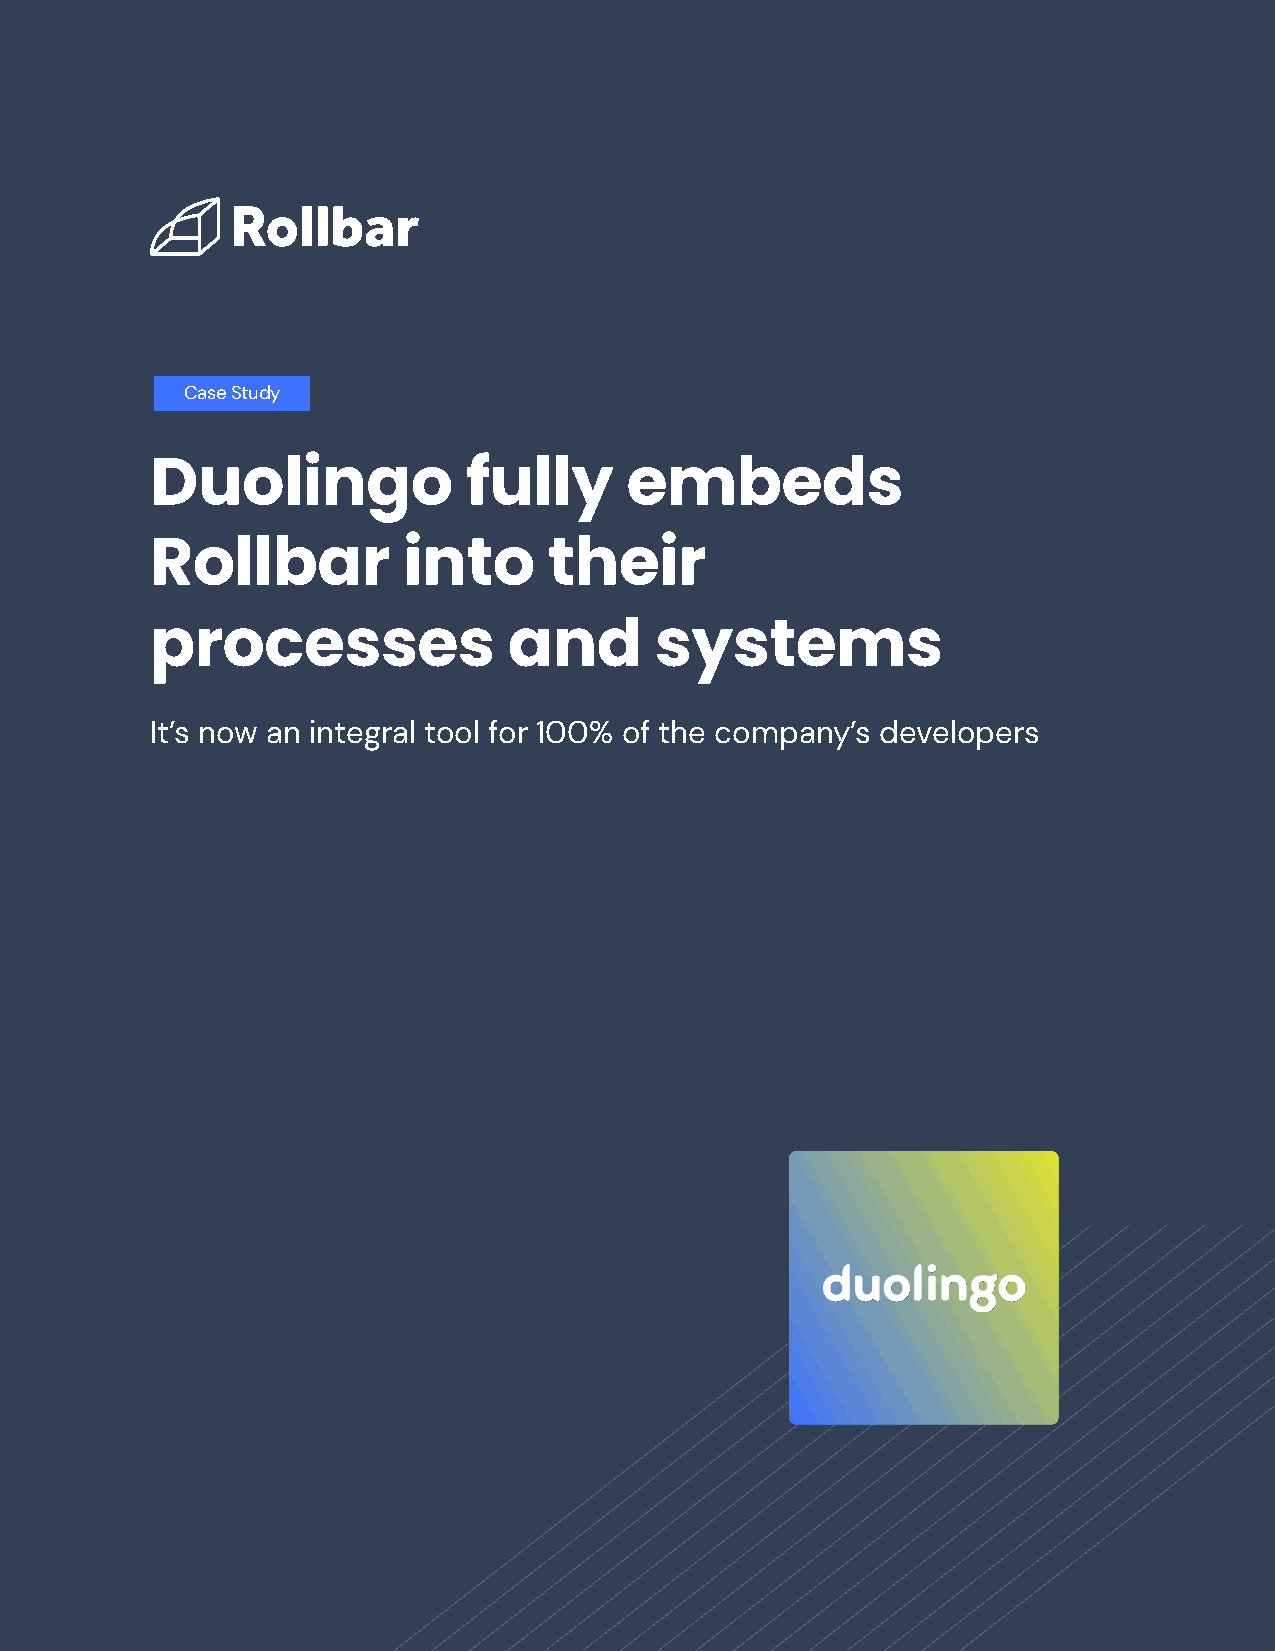
Case Study
 Duolingo             fully     embeds
 Rollbar          into     their
 processes               and      systems
 It’s now an integral tool for 100% of the company’s developers